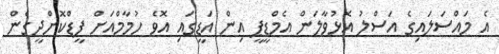
އެ މައްސަލައިގެ އަސްލު އޮޅުވާލަން އެމްޑީޕީ އިން އަޑީގައި އޮވެ ހުމާމްއަށް ފީޑްކޮށްދީގެން